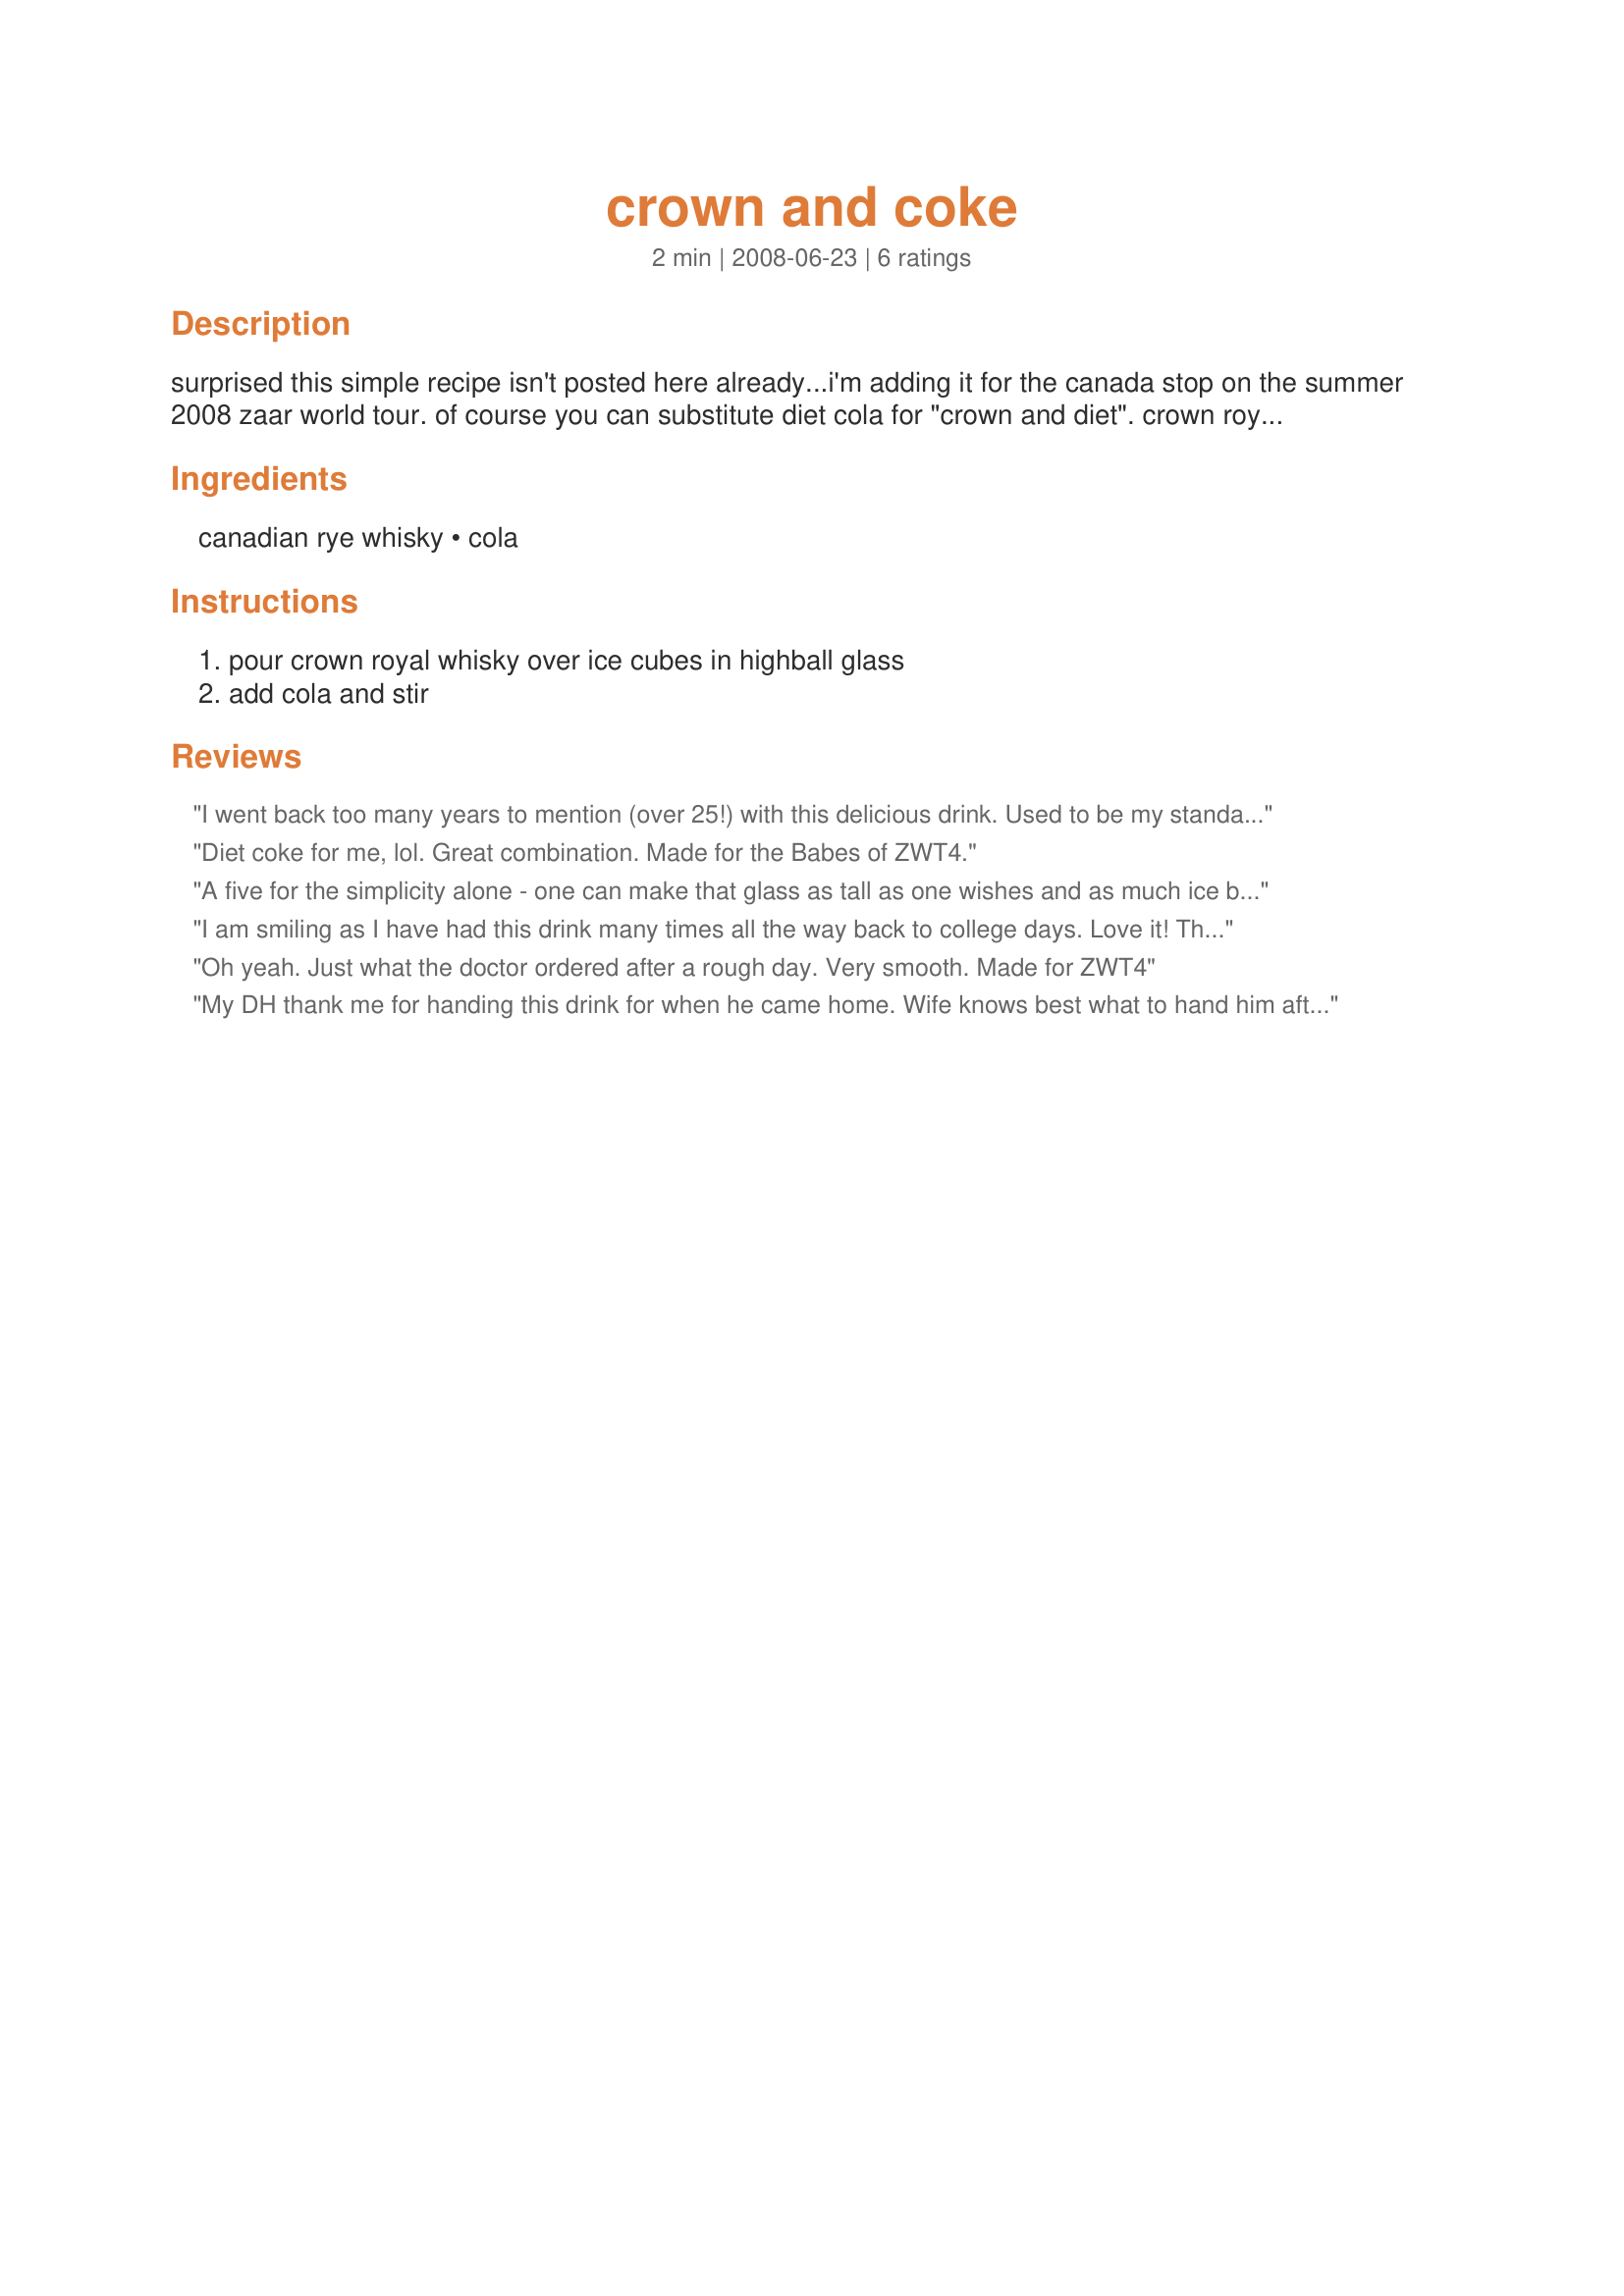
crown and coke
Preparation time: 2 minutes

surprised this simple recipe isn't posted here already...i'm adding it for the canada stop on the summer 2008 zaar world tour. of course you can substitute diet cola for "crown and diet". crown royal whisky is distilled in gimli, canada at the gimli distillery. located on the western shore of lake winnipeg in manitoba, gimli has the natural resources that are key to making crown royal's perfect blend. natural local grains, a pure water source and a climate that supports the distilling process all come together to contribute to the smoothness and quality of this excellent whisky.

Ingredients:
canadian rye whisky, cola

Steps:
pour crown royal whisky over ice cubes in highball glass, add cola and stir

Reviews:
I went back too many years to mention (over 25!) with this delicious drink. Used to be my standard at the disco, only then I made it with Canadian Club, and that's how I made it tonight. Thanks for a delicious drink...and the memories. :-)
Diet coke for me, lol. Great combination. Made for the Babes of ZWT4.
A five for the simplicity alone - one can make that glass as tall as one wishes and as much ice but make sure you have Crown Royal ... Crown Royal is indeed a prairie institution. Yes Jen a classic.
I am smiling as I have had this drink many times all the way back to college days. Love it! Thanks -Jen-for posting a classic. Made for ZWT4 the Flying Dutchess'.
Oh yeah. Just what the doctor ordered after a rough day. Very smooth. Made for ZWT4
My DH thank me for handing this drink for when he came home.
Wife knows best what to hand him after a rough trip home!
